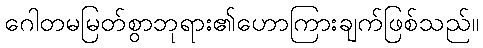
ဂေါတမမြတ်စွာဘုရား၏ဟောကြားချက်ဖြစ်သည်။